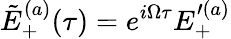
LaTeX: \tilde{E}_{+}^{(a)}(\tau)=e^{i\Omega\tau}E_{+}^{\prime(a)}